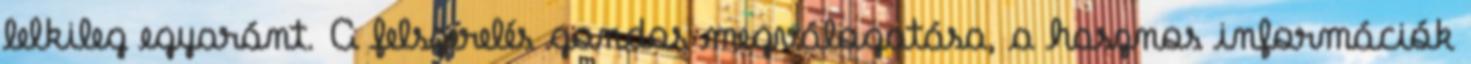
lelkileg egyaránt. A felszerelés gondos megválogatása, a hasznos információk